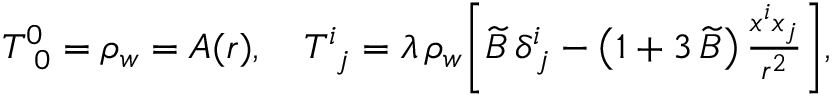
\begin{array} { r } { T _ { \, \, \, 0 } ^ { 0 } = \rho _ { w } = A ( r ) , ~ ~ ~ T _ { \, \, \, j } ^ { i } = \lambda \, \rho _ { w } \bigg [ \widetilde { B } \, \delta _ { \, j } ^ { i } - \left( 1 + 3 \, \widetilde { B } \right) \frac { x ^ { i } x _ { j } } { r ^ { 2 } } \bigg ] , } \end{array}